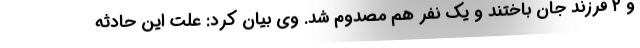
و ۲ فرزند جان باختند و یک نفر هم مصدوم شد. وی بیان کرد: علت این حادثه